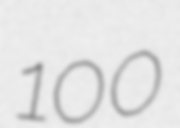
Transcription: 100